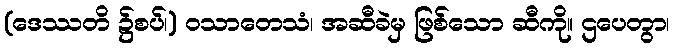
(ဒေဿတိ ၌စပ်၊) ဝသာတေသံ၊ အဆီခဲမှ ဖြစ်သော ဆီကို။ ဌပေတွာ၊